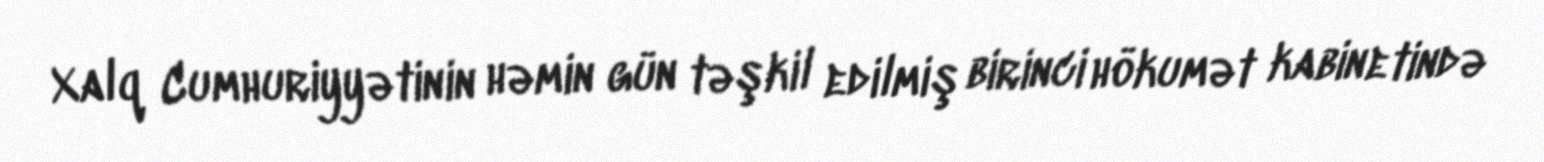
Xalq Cumhuriyyətinin həmin gün təşkil edilmiş birinci hökumət kabinetində